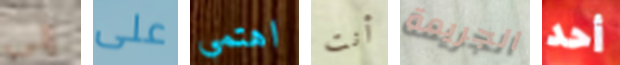
إلى على اهتمي أنت الجريمة أحد